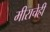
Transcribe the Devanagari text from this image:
मीराचेही